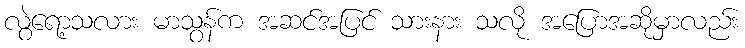
လွဲရော့သလား မာသွန်က အဆင်အပြင် သားနား သလို အပြောအဆိုမှာလည်း